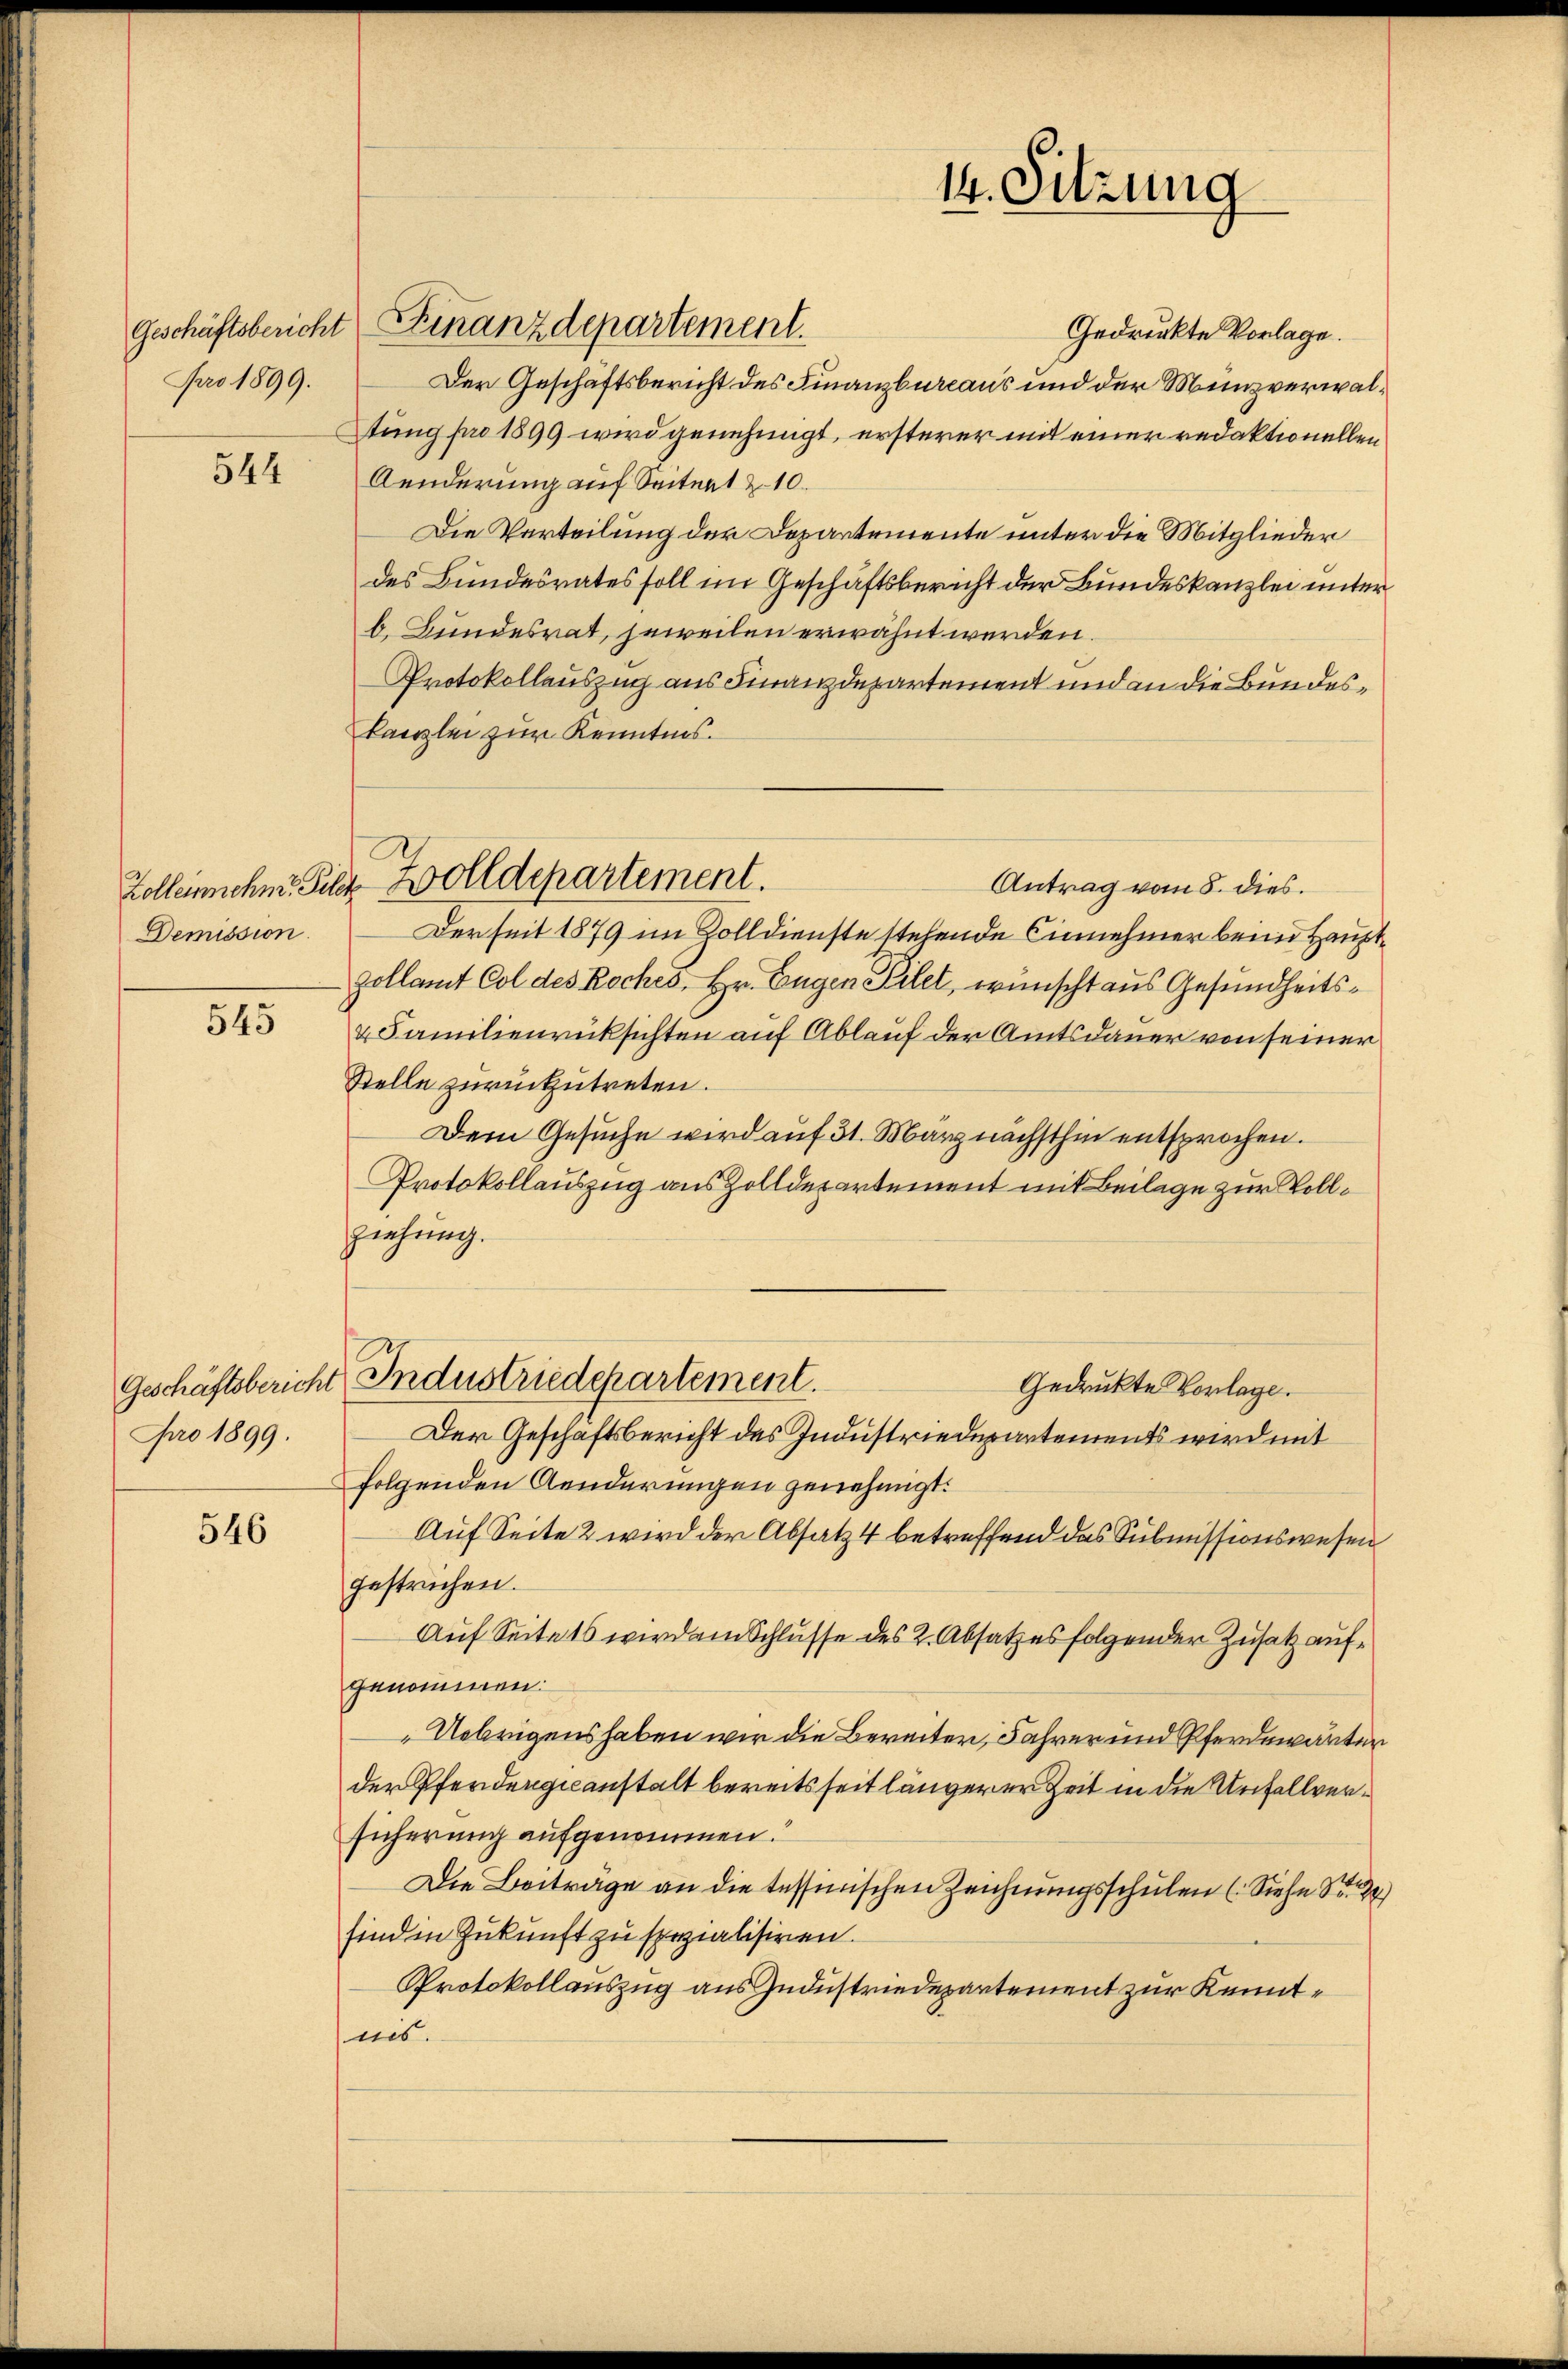
pro 1899.

544

Demission.

545

Geschäftsbericht
Apro 1899.

546

Geschäftsbericht Finanzdepartement.
Gedrückte Vorlage.
Der Geschäftsbericht des Finanzbureaus und der Münzverwaltung pro 1899 wird genehmigt, ersterer mit einer redaktionellen
Aenderung auf Seitert z. 10.
Die Verteilung der Departemente unter die Mitglieder
des Bundesrates soll im Geschäftsbericht der Bundeskanzlei unter
b. Bundesrat, jeweilen erwähnt werden.
Protokollauszug aus Finanzdepartement und an die Bundeskanzlei zur Kenntnis.
Antrag vom 8. dies
Derseit 1879 im Zolldienste stehende Einnehmer beim Hauptzollamt Col des Roches, Hr. Eugen Filet, wünscht aus Gesundheits¬
u Familienrücksichten auf Ablauf der Amtsdauer von seiner
Stelle zurückzutreten.
Dem Gesuche wird auf 31. März nächsthin entsprochen.
Protokollauszug aus Zolldepartement mit Beilage zur Voll¬
Ziehung.
Industriedepartement.
Gedruckte Vorlage.
Der Geschäftsbericht des Industriedepartements wird mit
folgenden Aenderungen genehmigt.
Auf Seite 2 wird der Absatz 4 betreffend das Submissionswesen
gestrichen.
Auf Seitets wird am Schlusse des 2. Absatzes folgender Zusatz aufgenommen:
Uebrigens haben wir die Bereiter, Jahrer und Pferdewärten
der Pferdergeanstalt bereitsseit längerer Zeit in die Unfallversicherung aufgenommen.
Die Beitrage an die tessinischen Zeichnungsschulen (Siehe No. 2
sind in Zukunft zu spezialisiren.
Protokollauszug aus Zudustriedepartement zur Kenntnis.

Zolleichne Geld Zolldepartement.

14. Sitzung